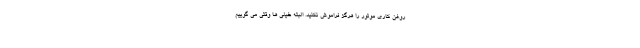
روغن کاری موتور را هرگز فراموش نکنید. البته خیلی ها وقتی می گوییم